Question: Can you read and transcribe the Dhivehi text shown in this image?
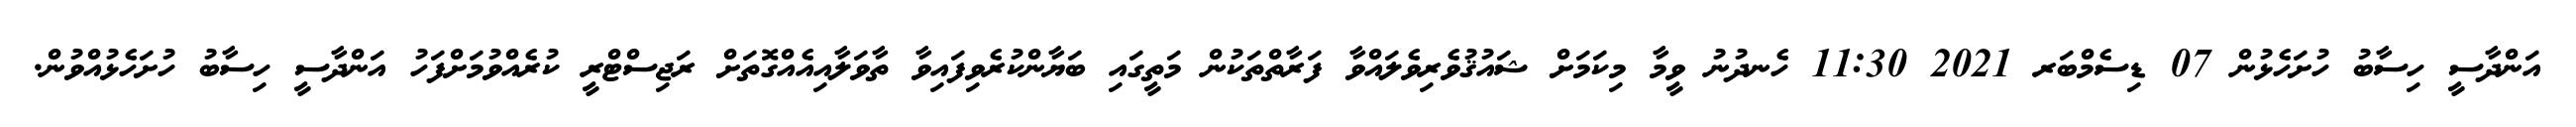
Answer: އަންދާސީ ހިސާބު ހުށަހެޅުން 07 ޑިސެމްބަރ 2021 11:30 ހެނދުނު ވީމާ މިކަމަށް ޝައުޤުވެރިވެލައްވާ ފަރާތްތަކުން މަތީގައި ބަޔާންކުރެވިފައިވާ ތާވަލާއިއެއްގޮތަށް ރަޖިސްޓްރީ ކުރެއްވުމަށްފަހު އަންދާސީ ހިސާބު ހުށަހެޅުއްވުން.